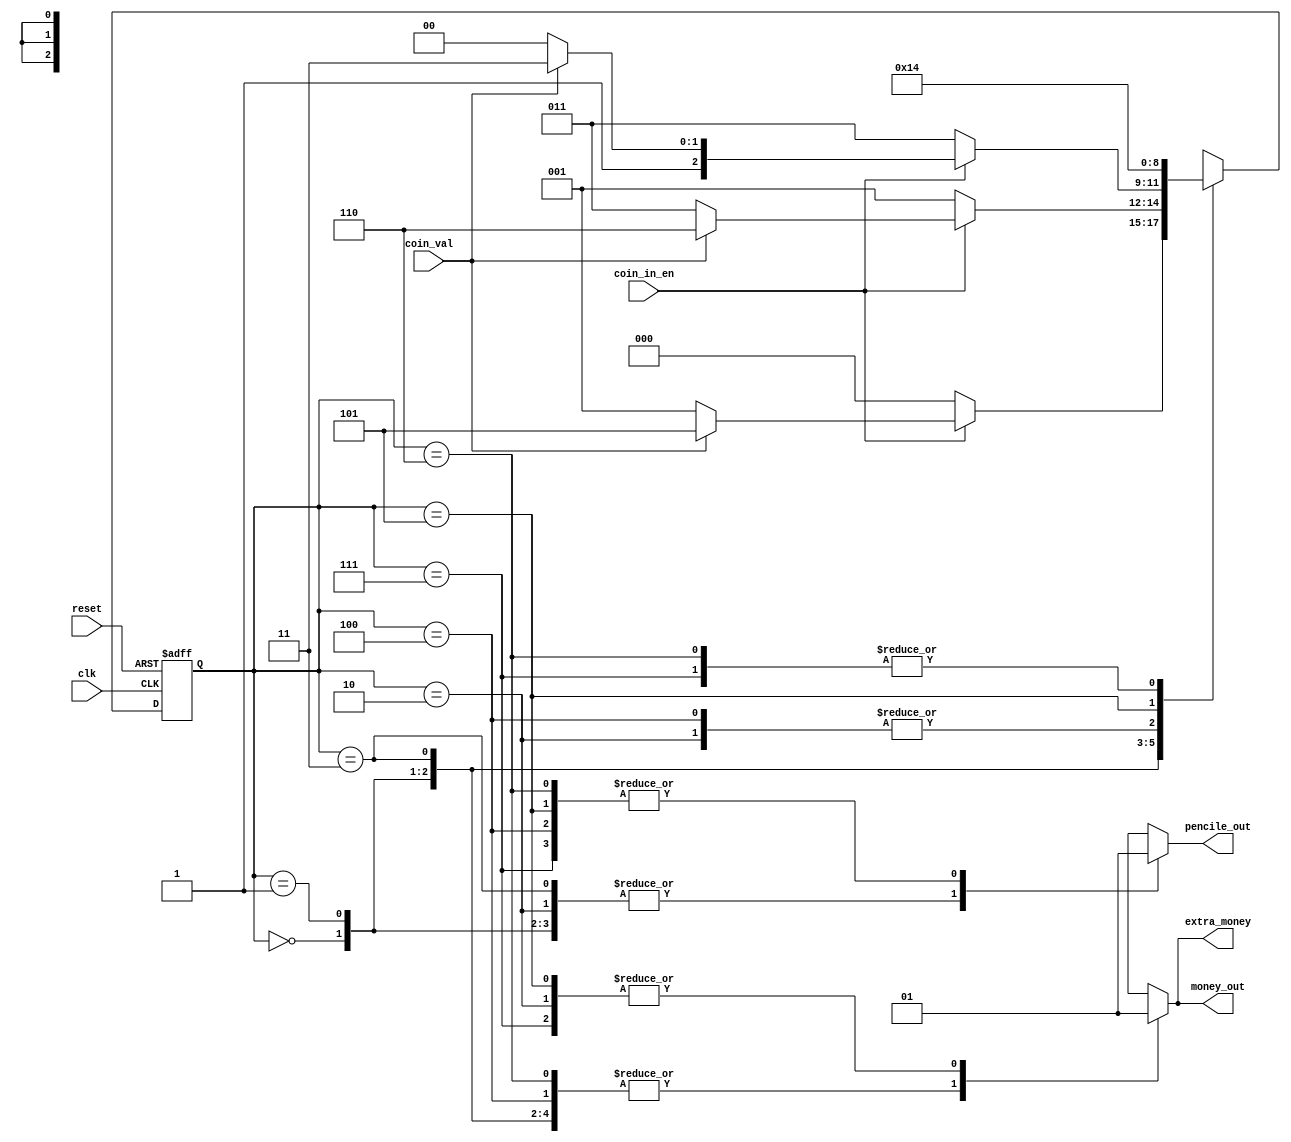
//coin_val=1  when input 10 cent  && coin_val=0  when input 2 cent
//a pencile =  6 cent
//extra money=1 when remender_out=2 cent && extra money=0 when no extra money

module vending_machine (clk, reset, coin_in_en, coin_val, pencile_out, money_out, extra_money);
input clk, reset, coin_in_en, coin_val;
output reg pencile_out, money_out, extra_money;

localparam[2:0]s_0c=3'b000;
localparam[2:0]s_2c=3'b001;
localparam[2:0]s_r_2c=3'b010;
localparam[2:0]s_4c=3'b011;
localparam[2:0]s_6c=3'b100;
localparam[2:0]s_10c=3'b101;
localparam[2:0]s_12c=3'b110;
localparam[2:0]s_14c=3'b111;//states

reg [2:0] c_state_reg;
reg [2:0] n_state_reg;


always@(posedge clk , negedge reset)
begin
if(~reset)
c_state_reg <= s_0c;
else
c_state_reg <= n_state_reg;
end


always@(c_state_reg , coin_in_en , coin_val)
begin
case(c_state_reg)
	s_0c:begin pencile_out<=1'b0; money_out<=1'b0; extra_money<=1'b0;
				  if(~coin_in_en)  n_state_reg=s_0c;
				  else
						if(coin_val) n_state_reg=s_10c;
		   			else         n_state_reg=s_2c;				
	     end
		  
	s_2c:begin pencile_out<=1'b0; money_out<=1'b0; extra_money<=1'b0;
				  if(~coin_in_en)  n_state_reg=s_2c;
				  else
						if(coin_val) n_state_reg=s_12c;
		   			else         n_state_reg=s_4c;				
	     end
 		  
	s_r_2c:begin pencile_out<=1'b0; money_out<=1'b1; extra_money<=1'b1;
				    n_state_reg=s_0c;	
	       end
			 
	s_4c:begin pencile_out<=1'b0; money_out<=1'b0; extra_money<=1'b0;
				  if(~coin_in_en)  n_state_reg=s_4c;
				  else
						if(coin_val) n_state_reg=s_14c;
		   			else         n_state_reg=s_6c;				
	     end

	s_6c:begin pencile_out<=1'b1; money_out<=1'b0; extra_money<=1'b0;
				  n_state_reg=s_0c;		
	     end 		  

	s_10c:begin pencile_out<=1'b1; money_out<=1'b1; extra_money<=1'b1;
				   n_state_reg=s_r_2c;				
	     end
		  
	s_12c:begin pencile_out<=1'b1; money_out<=1'b0; extra_money<=1'b0;
				   n_state_reg=s_6c;	
	     end

	s_14c:begin pencile_out<=1'b1; money_out<=1'b1; extra_money<=1'b1;
				   n_state_reg=s_6c;	
	     end

 default:begin pencile_out<=1'b0; money_out<=1'b0; extra_money<=1'b0;
				   n_state_reg=s_0c;	
        end
endcase
  		  
end

endmodule